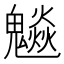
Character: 𩴩